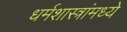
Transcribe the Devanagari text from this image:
धर्मशास्त्रांमध्ये